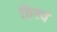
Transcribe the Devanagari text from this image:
हिरवं